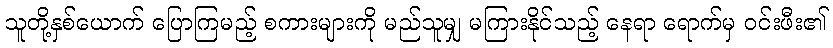
သူတို့နှစ်ယောက် ပြောကြမည့် စကားများကို မည်သူမျှ မကြားနိုင်သည့် နေရာ ရောက်မှ ဝင်းဖီး၏